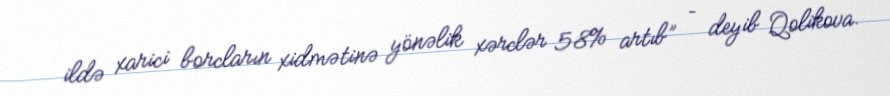
ildə xarici borcların xidmətinə yönəlik xərclər 58% artıb” – deyib Qolikova.